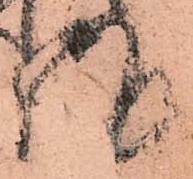
謹